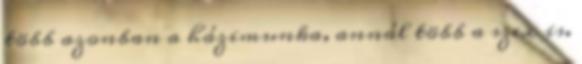
több azonban a házimunka, annál több a szex is.